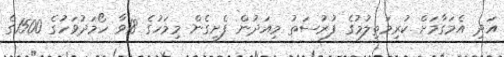
އަދި އެމަގާމަށް ކުރިމަތިލުމުގެ ފުރުސަތު މިއަދުން ފެށިގެން މިމަހުގެ 18ވާ ހޯމަދުވަހުގެ 1500ގެ